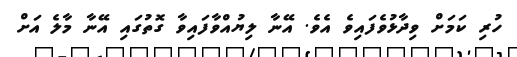
ހުރި ކަމަށް ވިދާޅުވެފައިވެ އެވެ. އޭނާ ލިޔުއްވާފައިވާ ގޮތުގައި އޭނާ މާލެ އަށް